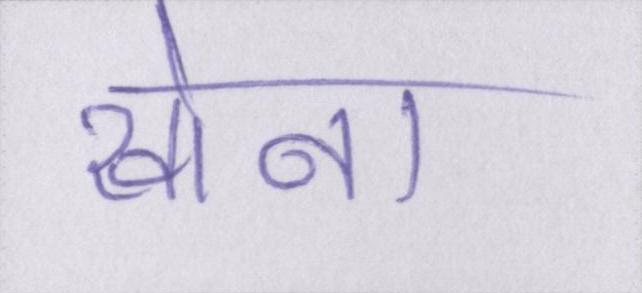
खोना